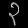
Digit: ၃